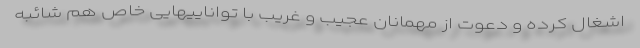
اشغال کرده و دعوت از مهمانان عجیب و غریب با تواناییهایی خاص هم شائبه